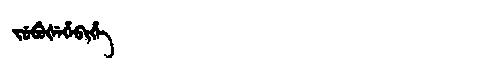
Manchu: ᠵᡠᠪᡠᡧᡝᡥᡝᠪᡳᡥᡝ
Romanization: JUBUŠEHEBIHE